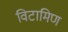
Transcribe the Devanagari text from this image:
विटामिण